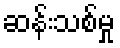
ဆန်းသစ်မှု